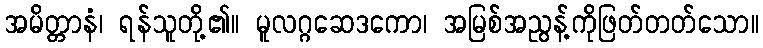
အမိတ္တာနံ၊ ရန်သူတို့၏။ မူလဂ္ဂဆေဒကော၊ အမြစ်အညွန့်ကိုဖြတ်တတ်သော။